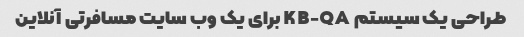
طراحی یک سیستم KB-QA برای یک وب سایت مسافرتی آنلاین